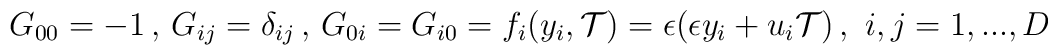
G_{00}=-1 \,,\, G_{ij}=\delta_{ij} \,,\,G_{0i}=G_{i0}=f_i(y_i, {\cal T})=\epsilon (\epsilon y_i + u_i {\cal T})\,,\,\,i,j=1,...,D